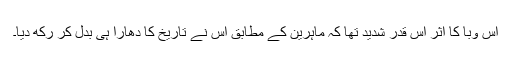
اس وبا کا اثر اس قدر شدید تھا کہ ماہرین کے مطابق اس نے تاریخ کا دھارا ہی بدل کر رکھ دیا۔